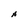
Character: A